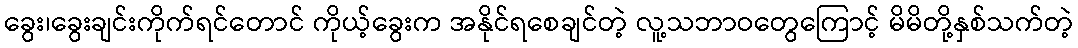
ခွေး၊ခွေးချင်းကိုက်ရင်တောင် ကိုယ့်ခွေးက အနိုင်ရစေချင်တဲ့ လူ့သဘာဝတွေကြောင့် မိမိတို့နှစ်သက်တဲ့